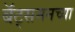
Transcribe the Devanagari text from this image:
बॅट्समनच्या